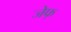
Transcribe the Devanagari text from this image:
जेफ्